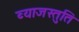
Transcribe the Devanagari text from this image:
ब्याजस्तुति